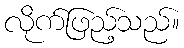
လိုက်ဖြည့်သည်။